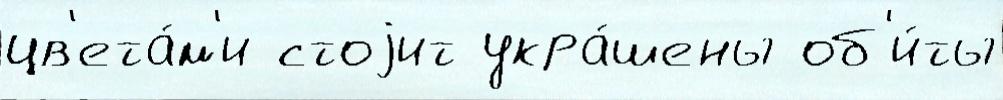
цв'ета́м'и стоjит укра́шены об'и́ты